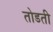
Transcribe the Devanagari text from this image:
तोडती